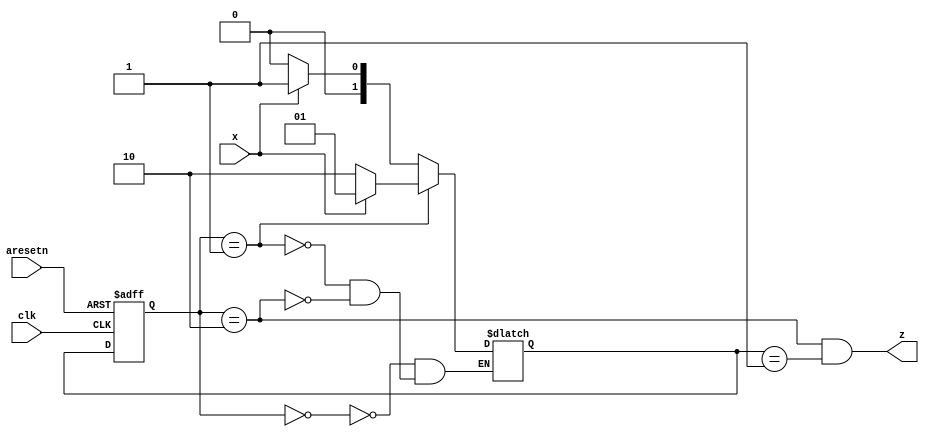
module top_module (
    input clk,
    input aresetn,    // Asynchronous active-low reset
    input x,
    output z ); 
    
    // detect 101 by mealy machine
    
    localparam S0 = 2'b00;	// IDLE
    localparam S1 = 2'b01;
    localparam S2 = 2'b10;
    
    reg [1:0] state, state_n;
    
    always @ (*) begin
        case(state)
            S0: state_n = x ? S1 : S0;
            S1: state_n = x ? S1 : S2;
            S2: state_n = x ? S1 : S0;
        endcase
    end
    
    always @ (posedge clk or negedge aresetn) begin
        if(~aresetn) begin
            state <= S0;
        end else begin
            state <= state_n;
        end
    end
    
    assign z = (state == S2 & state_n == S1);

endmodule